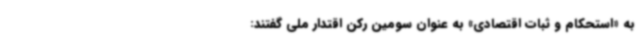
به «استحکام و ثبات اقتصادی» به عنوان سومین رکن اقتدار ملی گفتند: